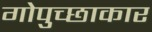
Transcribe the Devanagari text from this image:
गोपुच्छाकार